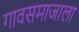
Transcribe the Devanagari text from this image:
गावसमाजाला